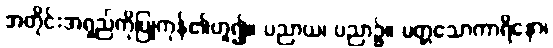
အတိုင်းအရှည်ကိုပြုကုန်၏ဟူ၍။ ပညာယ၊ ပညာ၌။ မတ္တသောကာရိနော၊